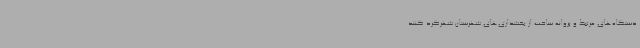
دستگاه‌های مرتبط و پروانه ساخت از بخشداری‌های شهرستان شهرکرد کنند.